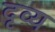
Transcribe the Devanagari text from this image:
दृव्य